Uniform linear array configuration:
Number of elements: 8
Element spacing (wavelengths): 0.25
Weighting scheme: hann
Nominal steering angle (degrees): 60
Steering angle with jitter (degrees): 60.332
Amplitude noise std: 0.05
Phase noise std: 0.05

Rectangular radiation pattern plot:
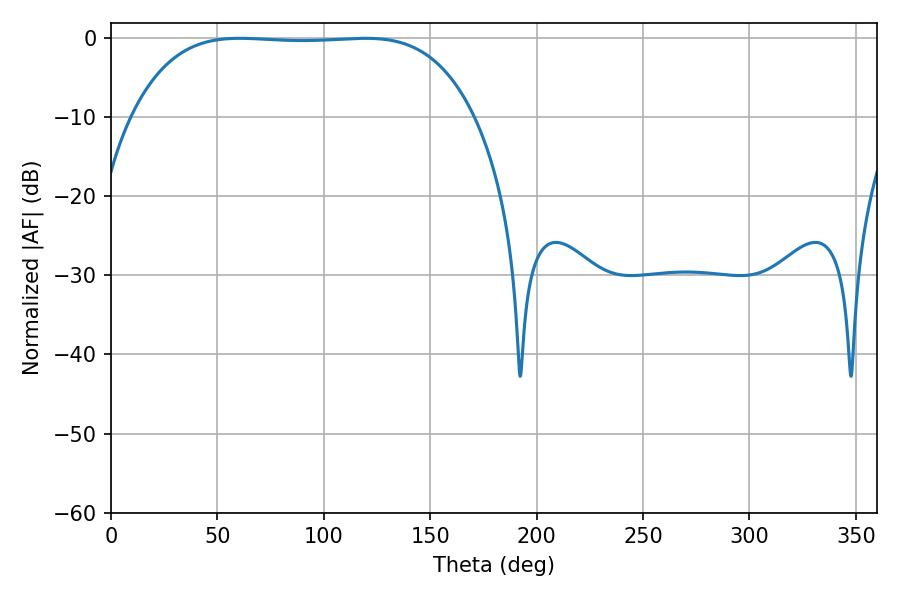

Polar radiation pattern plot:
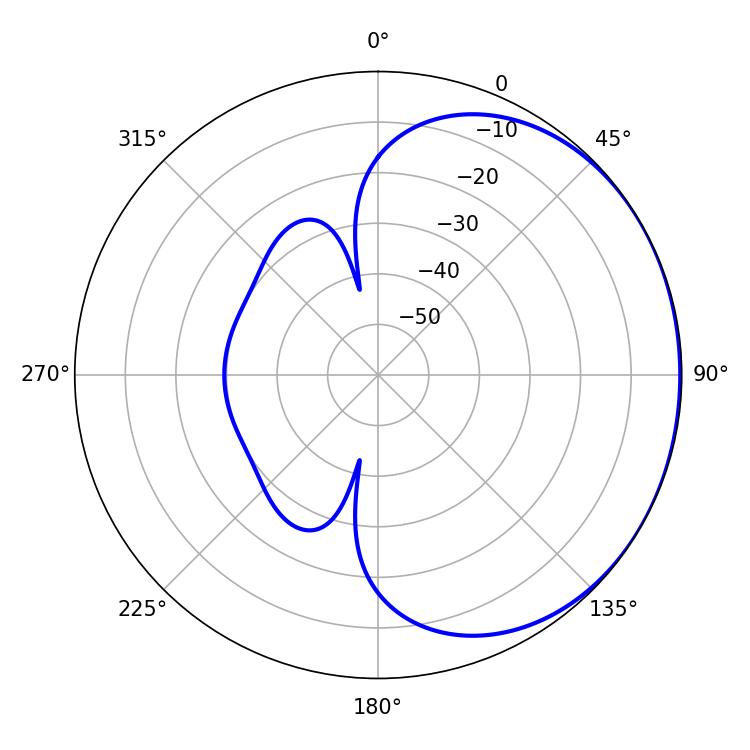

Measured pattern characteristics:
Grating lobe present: FALSE
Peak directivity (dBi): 0.7229
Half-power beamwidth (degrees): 124.92
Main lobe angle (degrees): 60.48